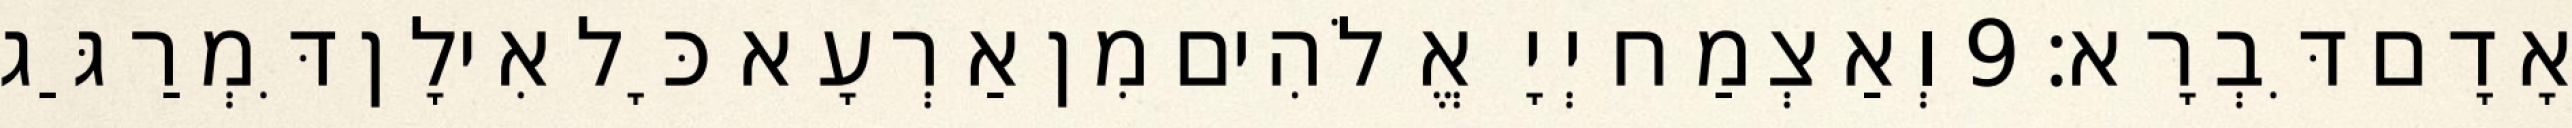
אָדָם דִּבְרָא׃ 9 וְאַצְמַח יְיָ אֱלֹהִים מִן אַרְעָא כָּל אִילָן דִּמְרַגַּג